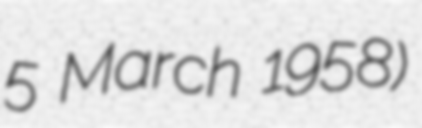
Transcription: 5 March 1958)